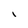
Character: i